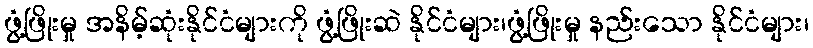
ဖွံ့ဖြိုးမှု အနိမ့်ဆုံးနိုင်ငံများကို ဖွံ့ဖြိုးဆဲ နိုင်ငံများ၊ဖွံ့ဖြိုးမှု နည်းသော နိုင်ငံများ၊